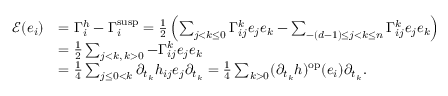
\begin{array} { r l } { \mathcal { E } ( e _ { i } ) } & { = \Gamma _ { i } ^ { h } - \Gamma _ { i } ^ { \mathrm { s u s p } } = \frac { 1 } { 2 } \left( \sum _ { j < k \leq 0 } \Gamma _ { i j } ^ { k } e _ { j } e _ { k } - \sum _ { - ( d - 1 ) \leq j < k \leq n } \Gamma _ { i j } ^ { k } e _ { j } e _ { k } \right) } \\ & { = \frac { 1 } { 2 } \sum _ { j < k , \, k > 0 } - \Gamma _ { i j } ^ { k } e _ { j } e _ { k } } \\ & { = \frac { 1 } { 4 } \sum _ { j \leq 0 < k } \partial _ { t _ { k } } h _ { i j } e _ { j } \partial _ { t _ { k } } = \frac { 1 } { 4 } \sum _ { k > 0 } ( \partial _ { t _ { k } } h ) ^ { \mathrm { o p } } ( e _ { i } ) \partial _ { t _ { k } } . } \end{array}